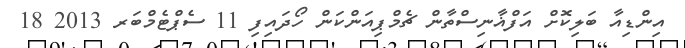
އިންޑިއާ ބަލިކޮށް އަފްޣާނިސްތާން ޗެމްޕިއަންކަން ހޯދައިފި 11 ސެޕްޓެމްބަރ 2013 18